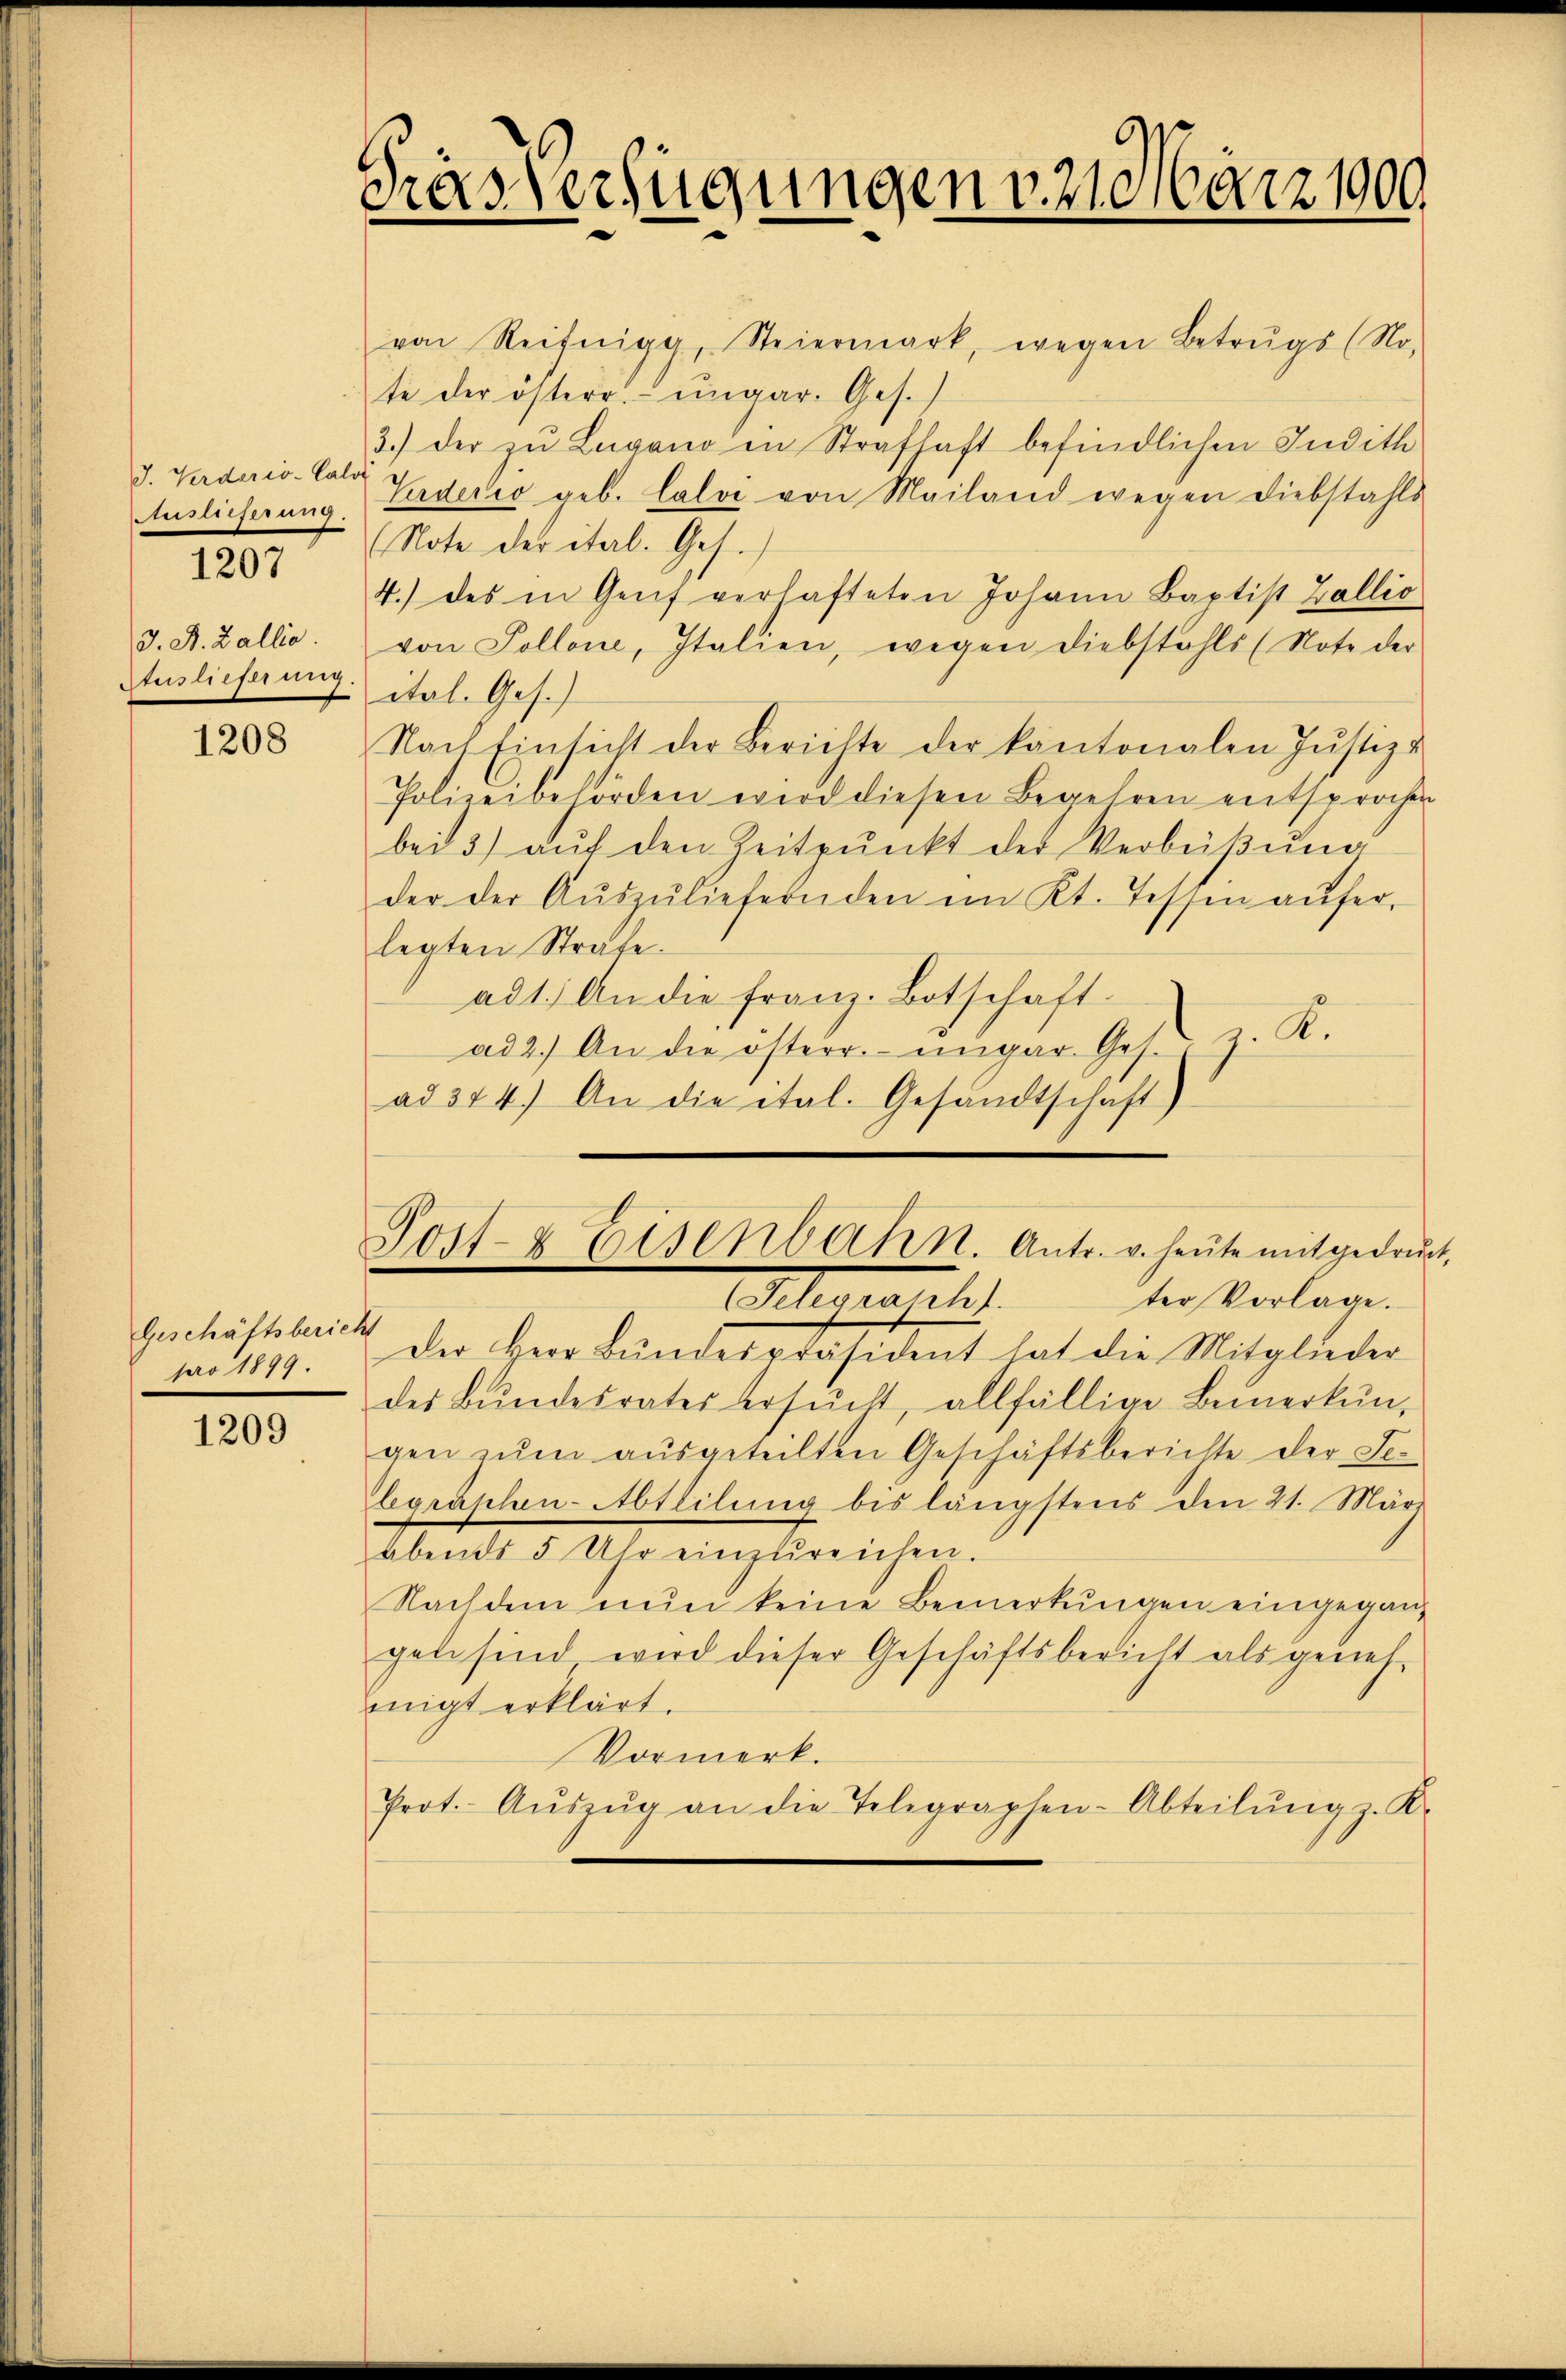
J. Verderiv-Calv
Auslieferung.

1207

J. P. Zallis.
Auslieferung.

1208

Geschäftsbericht
pro 1899.

1209

Gras Verfügungen 31. März 100

Post- & Eisenbahn. Antr. v. heŭte mit gedruck
.
Alerrasch
ter Vorlage.

von Reifnigg, Steiermark, wegen Betrugs (No-
te der österr. ungar. Ges.
3.) der zu Lugano in Strafhaft befindlichen Indith
Vrderio geb. Calvi von Mailand wegen Diebstahls
(Note der ital. Ges.
4.) des in Genf verhafteten Johann Baptist Zallio
von Pollone, Italien, wegen Diebstahls (Note der
ital. Ges.)
Nach Einsicht der Berichte der kantonalen Justiz u
Polizeibehörden wird diesen Begehren entsprochen
bei 3) auf den Zeitpunkt der Verbeißung
der der Aŭszŭliefernden im Kt. Tessin aŭfer-
legten Strafe.
ad 1. An die franz. Botschaft
ad 2.) An die österre engar. Ges. v. K.
ad 344.) An die ital. Gesandtschaft)

der Herr Bundespräsident hat die Mitglieder
des Bŭndesrates ersŭcht allfällige Bemerkŭng
gen zŭm aŭsgeteilten Geschäftsberichte der Se-
legraphen-Abteilŭng bis längstens den 21. März
abends 5 Uhr einzŭreichen.
Nachdem nŭn keine Bemerkungen eingegangel sind wird dieser Geschäftsbericht als geneh-
migt erklärt.
Vormerk.
Prot. Aŭszŭg an die Telegraphen-Abteilŭng z. K.